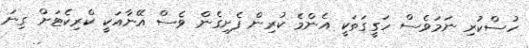
ހުސްކުރި ނަމަވެސް ހަގީގަތަކީ އެންމެ ކުރިން ފެށިގެން ވެސް އޭނާއަކީ ކްރިކެޓަށް ގިނަ